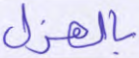
بالهزل